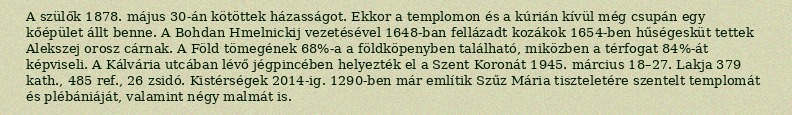
A szülők 1878. május 30-án kötöttek házasságot. Ekkor a templomon és a kúrián kívül még csupán egy kőépület állt benne. A Bohdan Hmelnickij vezetésével 1648-ban fellázadt kozákok 1654-ben hűségesküt tettek Alekszej orosz cárnak. A Föld tömegének 68%-a a földköpenyben található, miközben a térfogat 84%-át képviseli. A Kálvária utcában lévő jégpincében helyezték el a Szent Koronát 1945. március 18–27. Lakja 379 kath., 485 ref., 26 zsidó. Kistérségek 2014-ig. 1290-ben már említik Szűz Mária tiszteletére szentelt templomát és plébániáját, valamint négy malmát is.